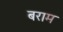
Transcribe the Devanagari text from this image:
बराम